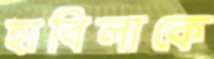
হাবিলাকে